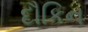
દૌકિન